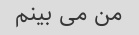
من می بینم